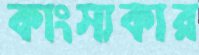
কাংস্যকার